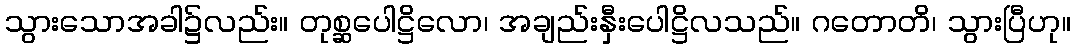
သွားသောအခါ၌လည်း။ တုစ္ဆပေါဋ္ဌိလော၊ အချည်းနှီးပေါဋ္ဌိလသည်။ ဂတောတိ၊ သွားပြီဟု။